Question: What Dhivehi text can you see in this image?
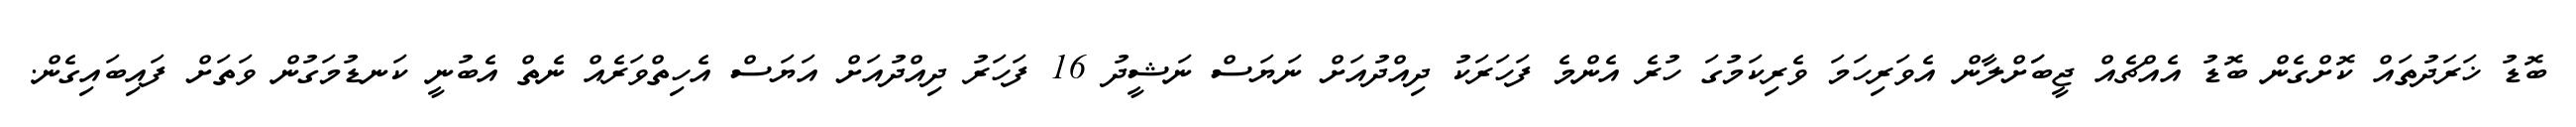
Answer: ބޮޑު ޚަރަދުތައް ކޮށްގެން ބޮޑު އެއްޗެއް ޖީބަަށްލާން އެވަރިހަމަ ވެރިކަމުގަ ހުރެ އެންމެ ފަހަރަކު ދިއްދުއަށް ނަޔަސް ނަޝީދު 16 ފަހަރު ދިއްދުއަށް އަޔަސް އެހިތްވަރެއް ނެތް އެބުނީ ކަނޑުމަގުން ވަތަށް ފައިބައިގެން.